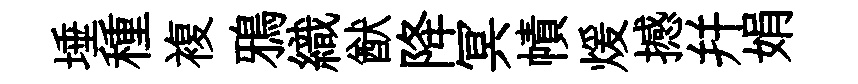
埵種複鴉織猷降冥幘煖撼幷娟